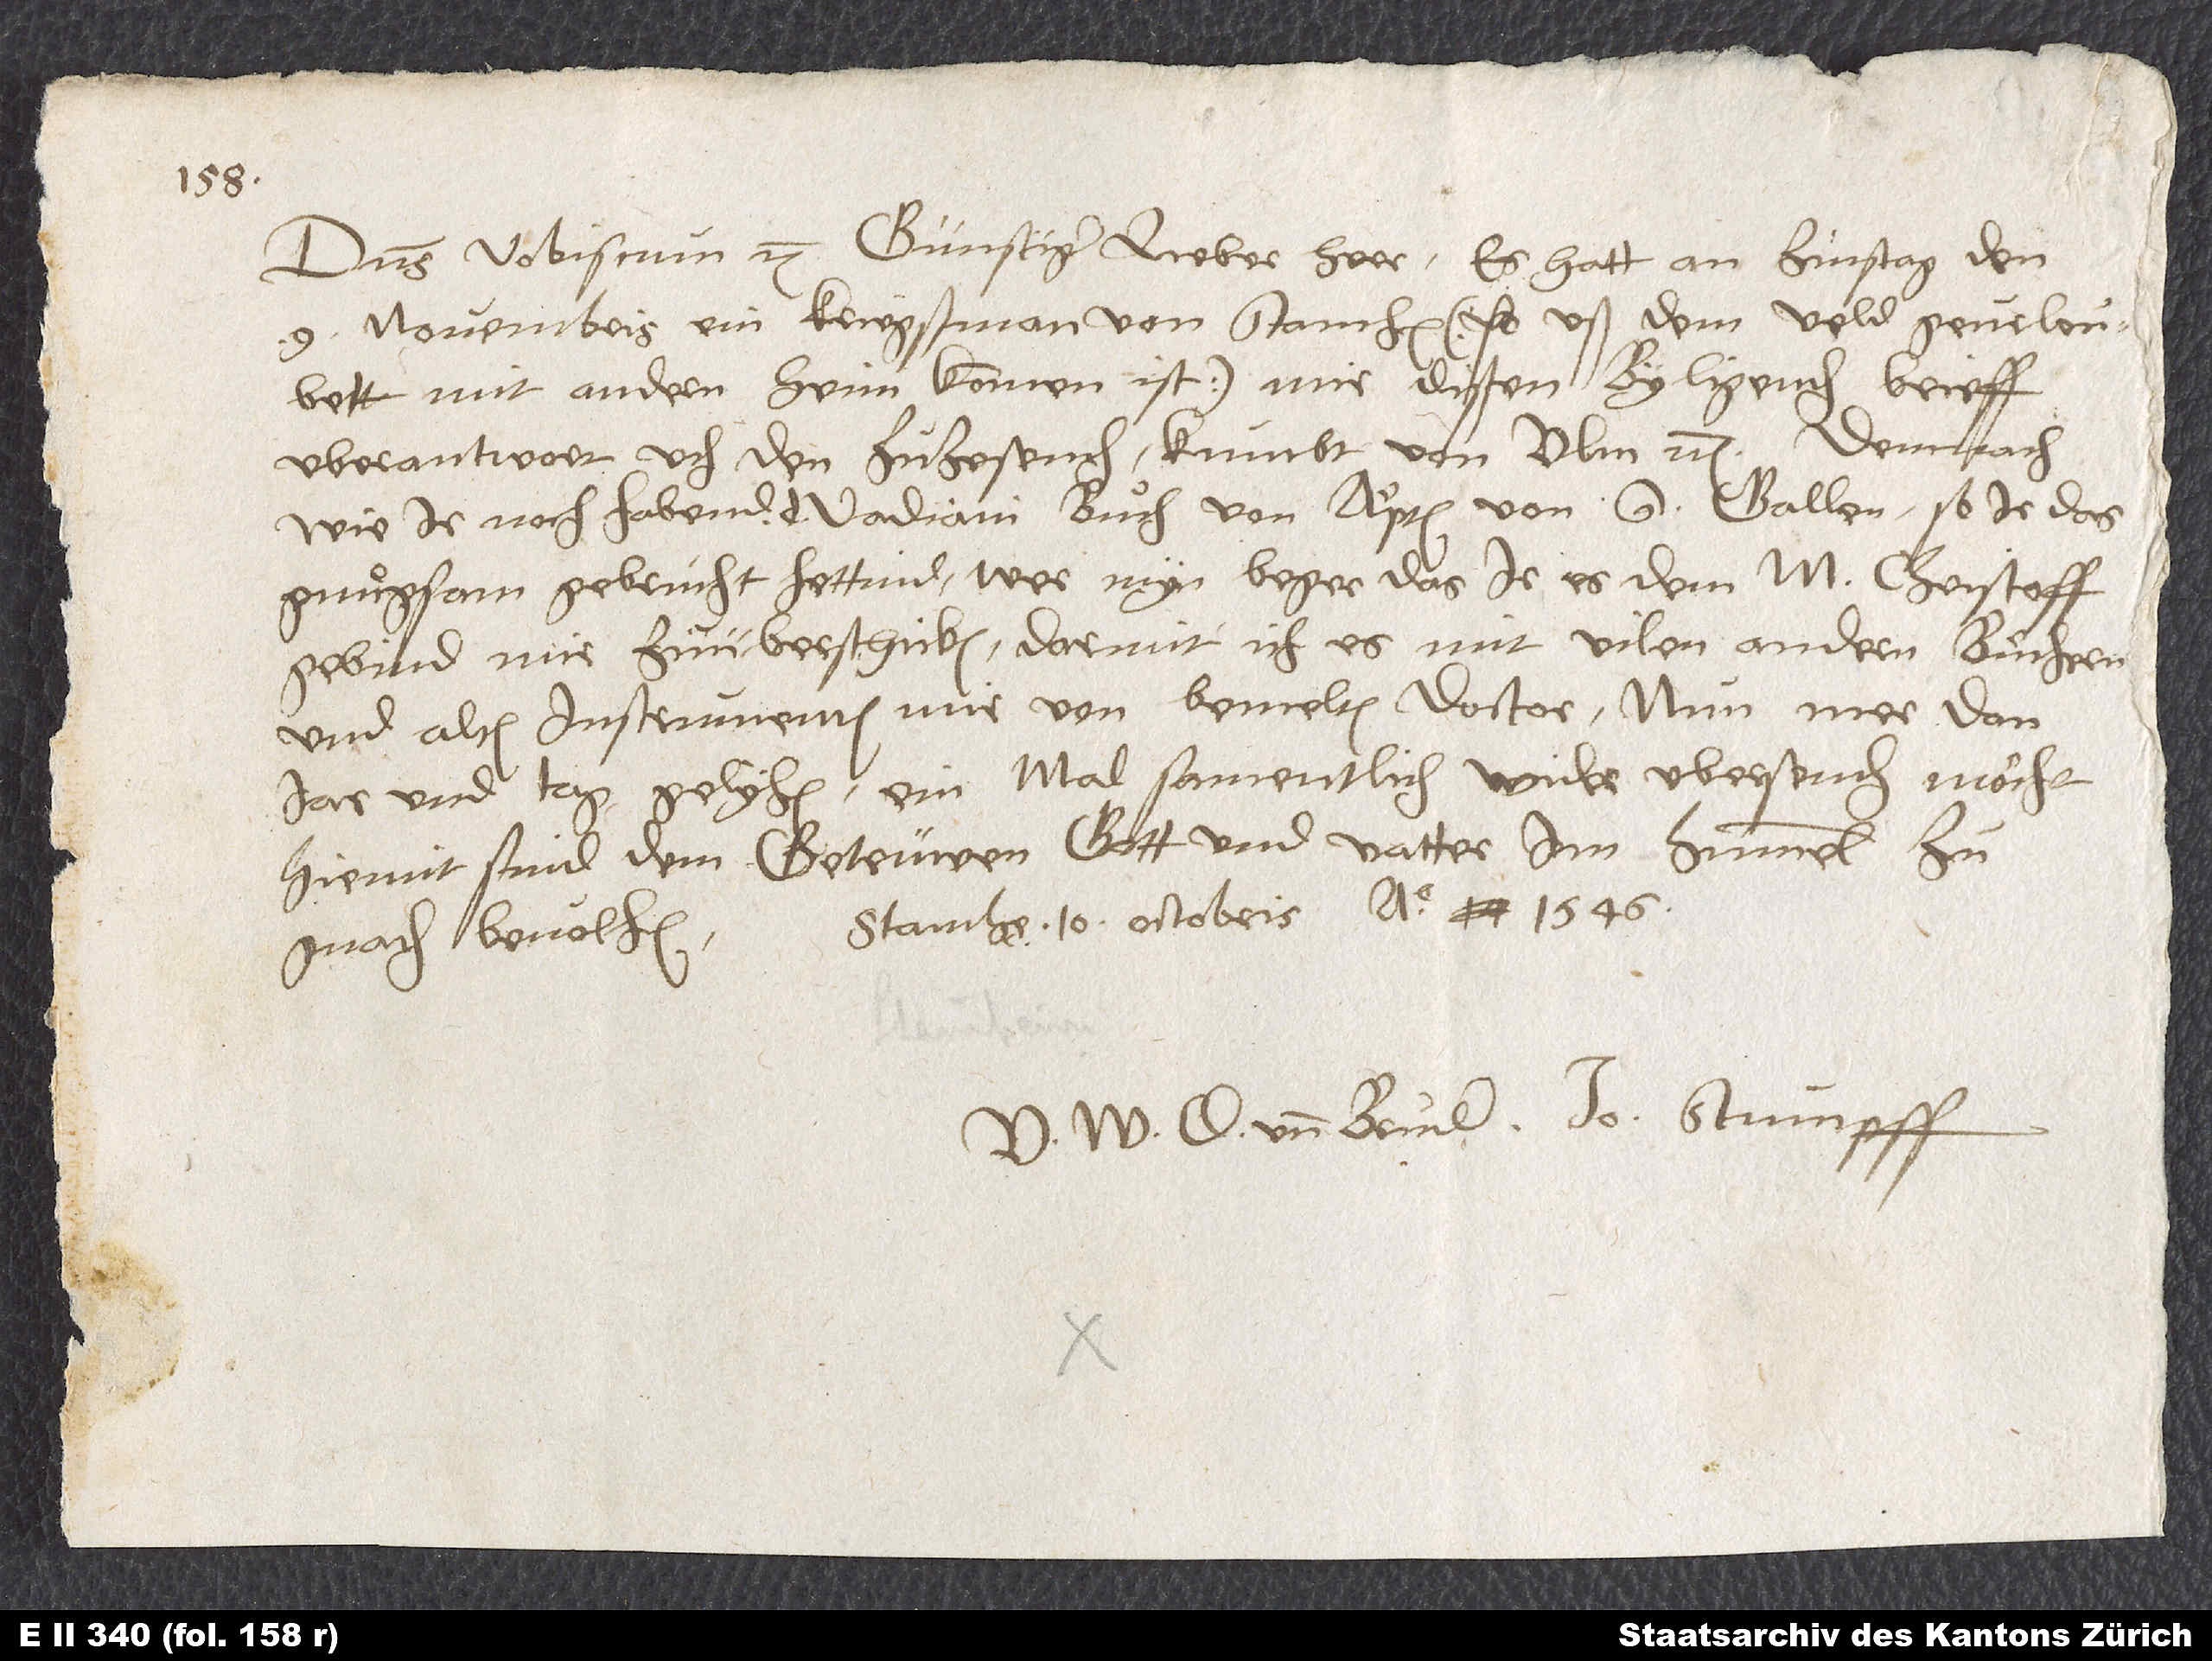
Dominus vobiscum, etc. Günstiger, lieber herr, es hatt an zinstag den
novembris ein kriegßman von Stamheim (so uß dem veld geurloubett
d.
mit andren heimkommen ist) mir dißen byligenden brieff
uberantwort, uch den zuͦzesenden; kumpt von Ulm, etc. Demnach,
wie ir noch habend d. Vadiani buͦch von aͤ pten von S. Gallen, so ir das
gnuͦgsam gebrucht hettind, wer myn beger, das ir es dem m. Christoff
gebind, mir zuͦ überschicken, darmit ich es mit vilen andern buͤchern
und alten instrumenten, mir von bemeltem doctor nun mee dan
jar und tag gelyhen, ein mal samentlich wider ubersenden moͤcht.
Hiemit sind dem getrüwen gott und vatter im himmel zu
gnaden bevolhen. Stamheim, 10. octobris anno 1546.
U und bruder Jo. Stumpff.